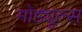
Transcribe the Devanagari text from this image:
मोड्यूल्स